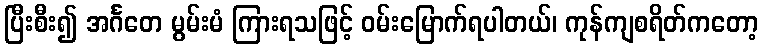
ပြီးစီး၍ အင်္ဂတေ မွမ်းမံ ကြားရသဖြင့် ဝမ်းမြောက်ရပါတယ်၊ ကုန်ကျစရိတ်ကတော့